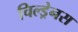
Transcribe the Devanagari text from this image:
चिल्ड्रेनस